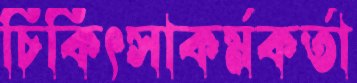
চিকিৎসাকর্মকর্তা